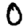
Digit: 0